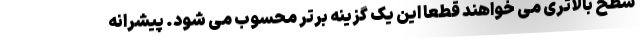
سطح بالاتری می خواهند قطعا این یک گزینه برتر محسوب می شود. پیشرانه